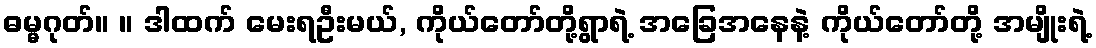
ဓမ္မဂုတ်။ ။ ဒါထက် မေးရဦးမယ်, ကိုယ်တော်တို့ရွာရဲ့ အခြေအနေနဲ့ ကိုယ်တော်တို့ အမျိုးရဲ့